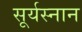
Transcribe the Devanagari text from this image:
सूर्यस्नान